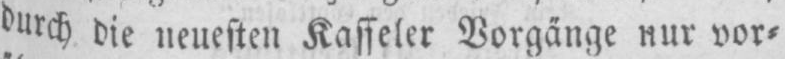
vor⸗